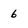
Character: 6